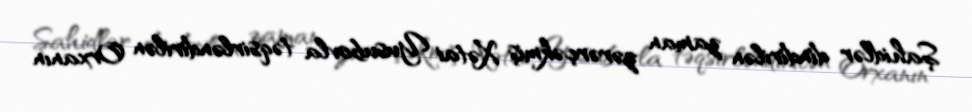
Şahidlər dindirilən zaman zərərçəkmiş Xətai Yusubovla təqsirləndirilən Orxanın